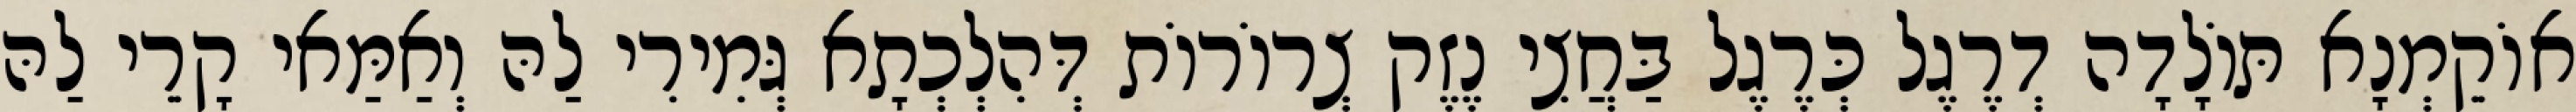
אוֹקֵמְנָא תּוֹלָדָה דְרֶגֶל כְּרֶגֶל בַּחֲצִי נֶזֶק צְרוֹרוֹת דְּהִלְכְתָא גְּמִירִי לַהּ וְאַמַּאי קָרֵי לַהּ